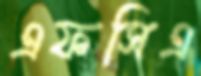
এফসিএ